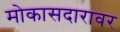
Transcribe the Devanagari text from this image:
मोकासदारावर